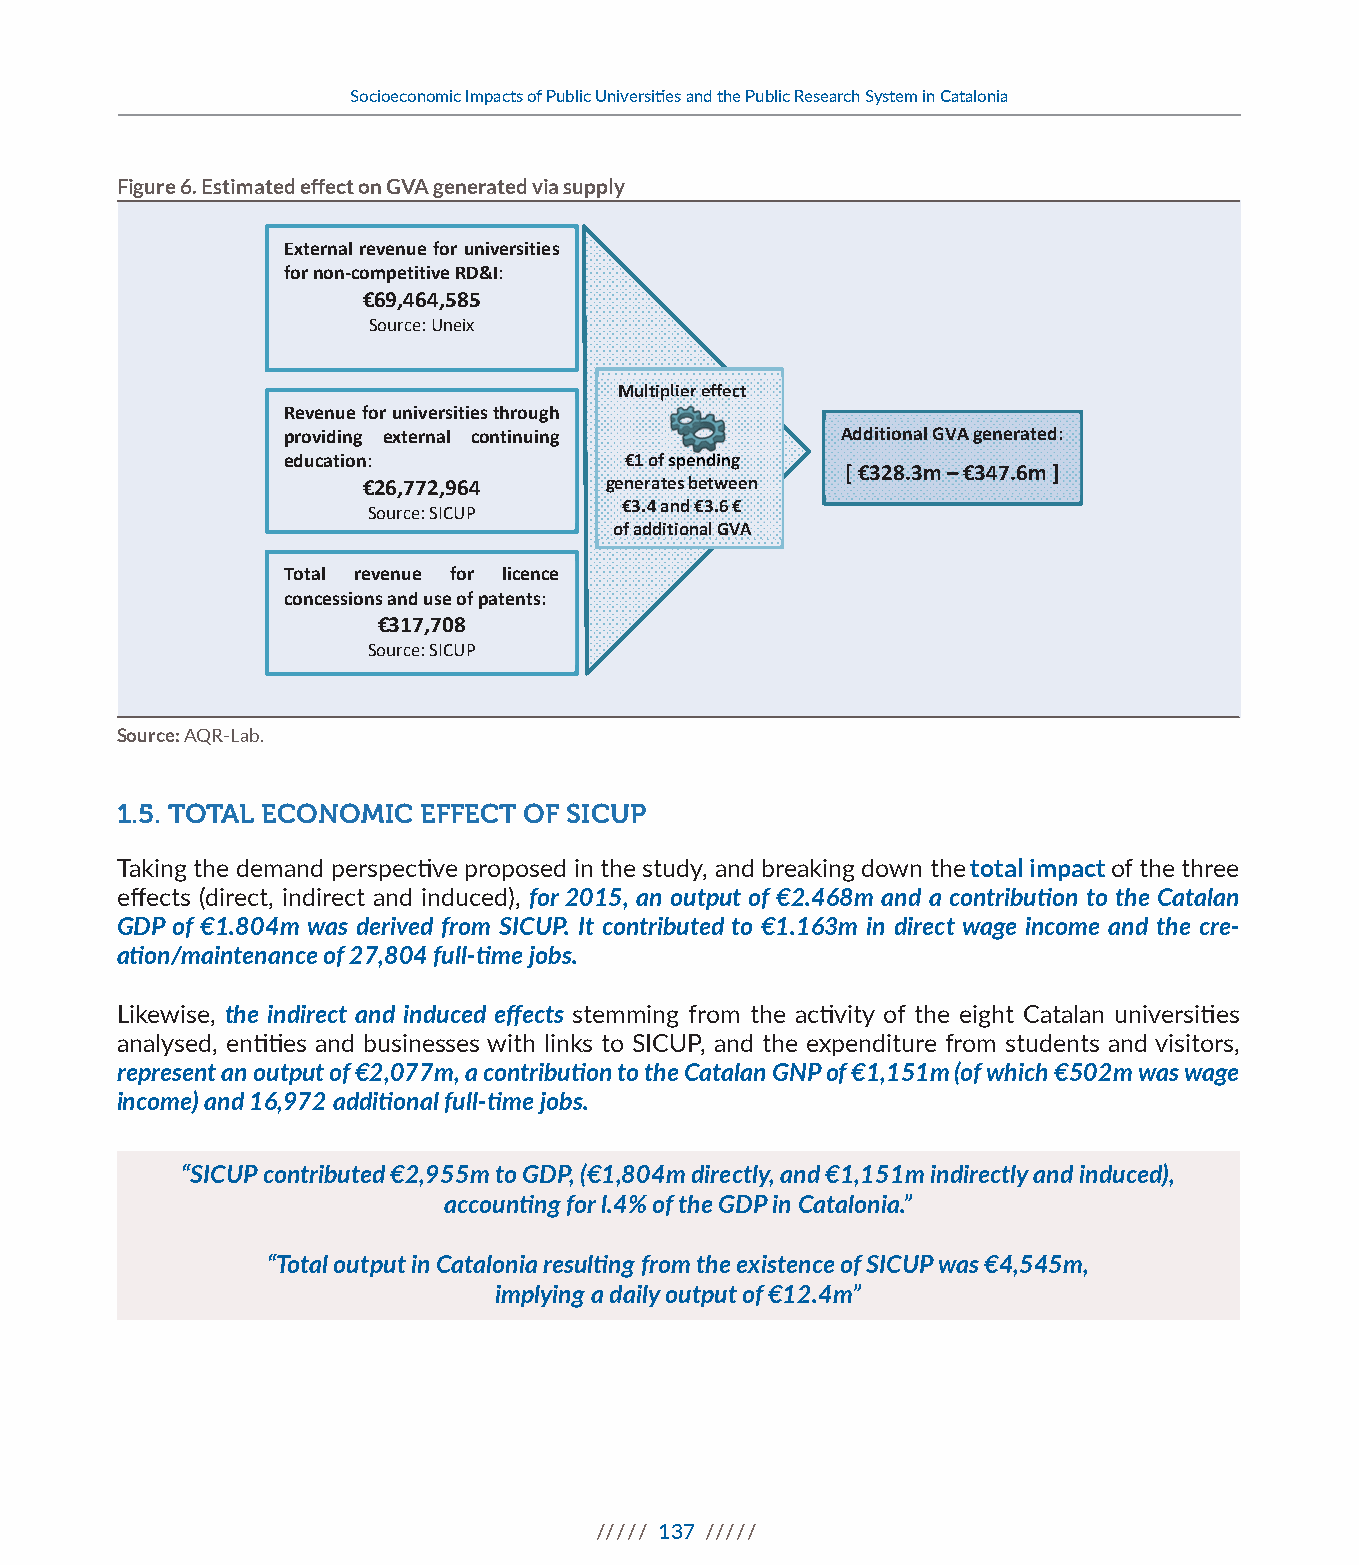
Report on the socio‐ecomomic impacts of Catalan public universities and RD&I in Catalonia
 Socioeconomic Impacts of Public Universities and the Public Research System in Catalonia
 Figure 6. Estimated effect on GVA generated via supply
 Figure 5. Estimated effect on GVA generated via supply
 External revenue for universities
 for non‐competitive RD&I:
 €69,464,585
 Source: Uneix
 Multiplier effect
 R
 ep
 dre
 o
 uv ve
 ci
 an
 d
 tu
 i in
 oe
 g
 n
 f :o r
 e
 u xtn eiv rne ars
 l
 itie cs
 o
 nth tir no uu ingh
 g
 €1 of spe nding
 Additional GV A generated:
 [ €328.3m – €347.6m ]
 €26,772,964     generates between
 €3.4 and €3.6 €
 Source: SICUP
 of additional GVA
 Total revenue for licence
 concessions and use of patents:
 €317,708
 Source: SICUP
 Source: AQR-Lab.
 Source: AQR -Lab.
 1.5. TOTAL ECONOMIC EFFECT OF SICUP
 Taking the demand perspective proposed in the study, and breaking down the total impact of the three
 effects (direct, indirect and induced), for 2015, an output of €2.468m and a contribution to the Catalan
 GDP of €1.804m was derived from SICUP. It contributed to €1.163m in direct wage income and the cre-
 ation/maintenance of 27,804 full-time jobs.
 Likewise, the indirect and induced effects stemming from the activity of the eight Catalan universities
 analysed, entities and businesses with links to SICUP, and the expenditure from students and visitors,
 represent an output of €2,077m, a contribution to the Catalan GNP of €1,151m (of which €502m was wage
 income) and 16,972 additional full-time jobs.
 “SICUP contributed €2,955m to GDP, (€1,804m directly, and €1,151m indirectly and induced),
 accounting for l.4% of the GDP in Catalonia.”
 “Total output in Catalonia resulting from the existence of SICUP was €4,545m,
 implying a daily output of €12.4m”
 ///// 137 /////
 12